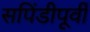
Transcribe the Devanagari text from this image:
सपिंडीपूर्वीं